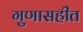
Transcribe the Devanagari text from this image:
गुणासहीत